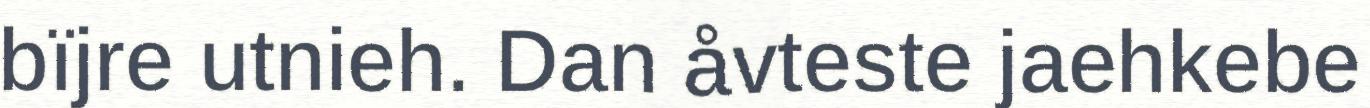
bïjre utnieh. Dan åvteste jaehkebe